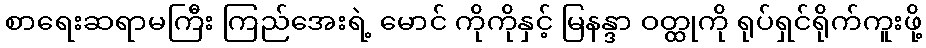
စာရေးဆရာမကြီး ကြည်အေးရဲ့ မောင် ကိုကိုနှင့် မြနန္ဒာ ဝတ္ထုကို ရုပ်ရှင်ရိုက်ကူးဖို့